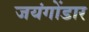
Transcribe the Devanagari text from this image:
जयंगोंडार